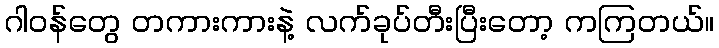
ဂါဝန်တွေ တကားကားနဲ့ လက်ခုပ်တီးပြီးတော့ ကကြတယ်။